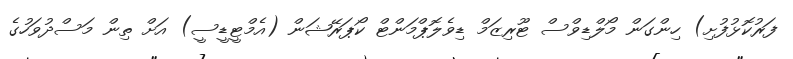
ފަރުކޮޅުފުށި) ހިންގަން މޯލްޑިވްސް ޓޫރިޒަމް ޑިވެލޮޕްމަންޓް ކޯޕަރޭޝަން (އެމްޓީޑީސީ) އަށް ތިން މަސްދުވަހުގެ